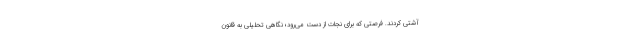
آشتی کردند. فرصتی که برای نجات از دست می‌رود؛ نگاهی تحلیلی به قانون